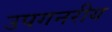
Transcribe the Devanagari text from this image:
उपगनरीय